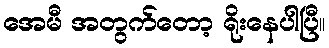
အေမီ အတွက်တော့ ရိုးနေပါပြီ။